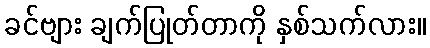
ခင်ဗျား ချက်ပြုတ်တာကို နှစ်သက်လား။